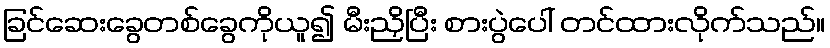
ခြင်ဆေးခွေတစ်ခွေကိုယူ၍ မီးညှိပြီး စားပွဲပေါ် တင်ထားလိုက်သည်။